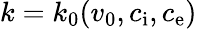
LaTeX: k=k_{0}(v_{0},c_{\mathrm{i}},c_{\mathrm{e}})